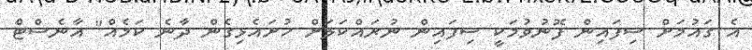
އެ ގައުމަށް ސިފައިން ފޮނުވުމަކީ ސިފައިން ނުރައްކަލަށް ހުށައެޅިގެން ދާނެ ކަމެއް" އާނެސްޓް